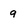
Character: g